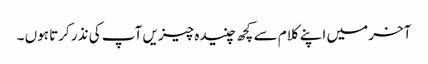
آخر میں اپنے کلام سے کچھ چنیدہ چیزیں آپ کی نذر کرتا ہوں ۔